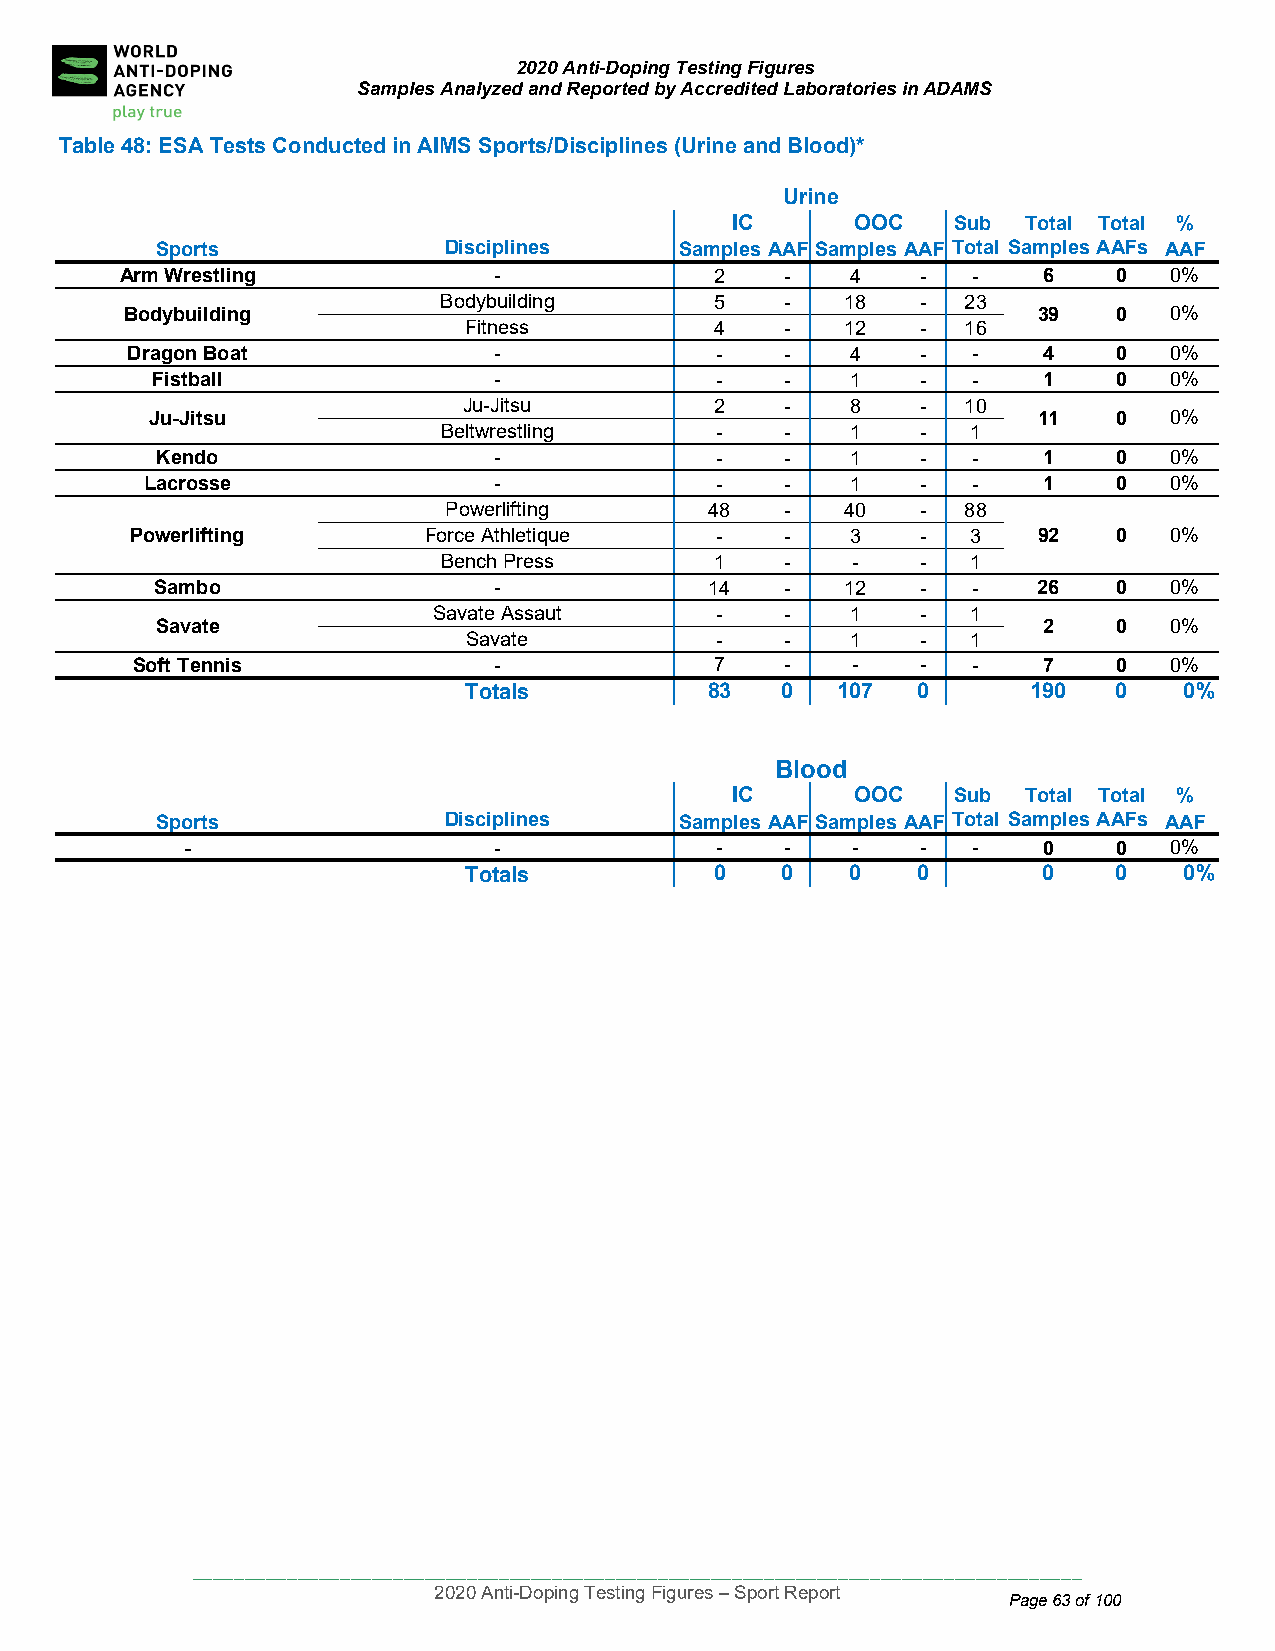
2020 Anti-Doping Testing Figures
 Samples Analyzed and Reported by Accredited Laboratories in ADAMS
 Table 48: ES A Tests Conducted in AIMS Sports/Disciplines (Urine and Blood)*
 Urine
 IC       OOC   Sub  Total Total %
 Sports             Disciplines     Samples AAFSamples AAF Total SamplesAAFs AAF
 Arm Wrestling            -             2    -   4    -  -    6    0  0%
 Bodybuilding      5    -   18   -  23
 Bodybu ilding                                                39   0  0%
 Fitness         4    -   12   -  16
 Dragon Boat              -             -    -   4    -  -    4    0  0%
 Fistball               -             -    -   1    -  -    1    0  0%
 Ju-Jitsu        2    -   8    -  10
 Ju-Jitsu                                                   11   0  0%
 Beltwrestling     -    -   1    -  1
 Ken do                 -             -    -   1    -  -    1    0  0%
 Lacro sse              -             -    -   1    -  -    1    0  0%
 Powerlifting      48   -   40   -  88
 Power lifting      Force Athletique   -    -   3    -  3    92   0  0%
 Bench Press       1    -   -    -  1
 Sam bo                 -             14   -   12   -  -    26   0  0%
 Sav ate
 Savate Assaut     -    -   1    -  1
 2    0  0%
 Savate          -    -   1    -  1
 Soft Tennis             -             7    -   -    -  -    7    0  0%
 Totals          83   0  107   0      190   0   0%
 Blood
 IC       OOC   Sub  Total Total %
 Spo rts            Disciplines     Samples AAFSamples AAF Total SamplesAAFs AAF
 -                    -             -    -   -    -  -    0    0  0%
 Totals          0    0   0    0       0    0   0%
 ____________________________________________________________________________________
 2020 Anti-Doping Testing Figures – Sport Report
 Page 63 of 100